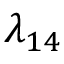
\lambda _ { 1 4 }